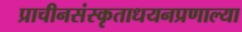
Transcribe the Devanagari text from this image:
प्राचीनसंस्कृताधयनप्रणाल्या